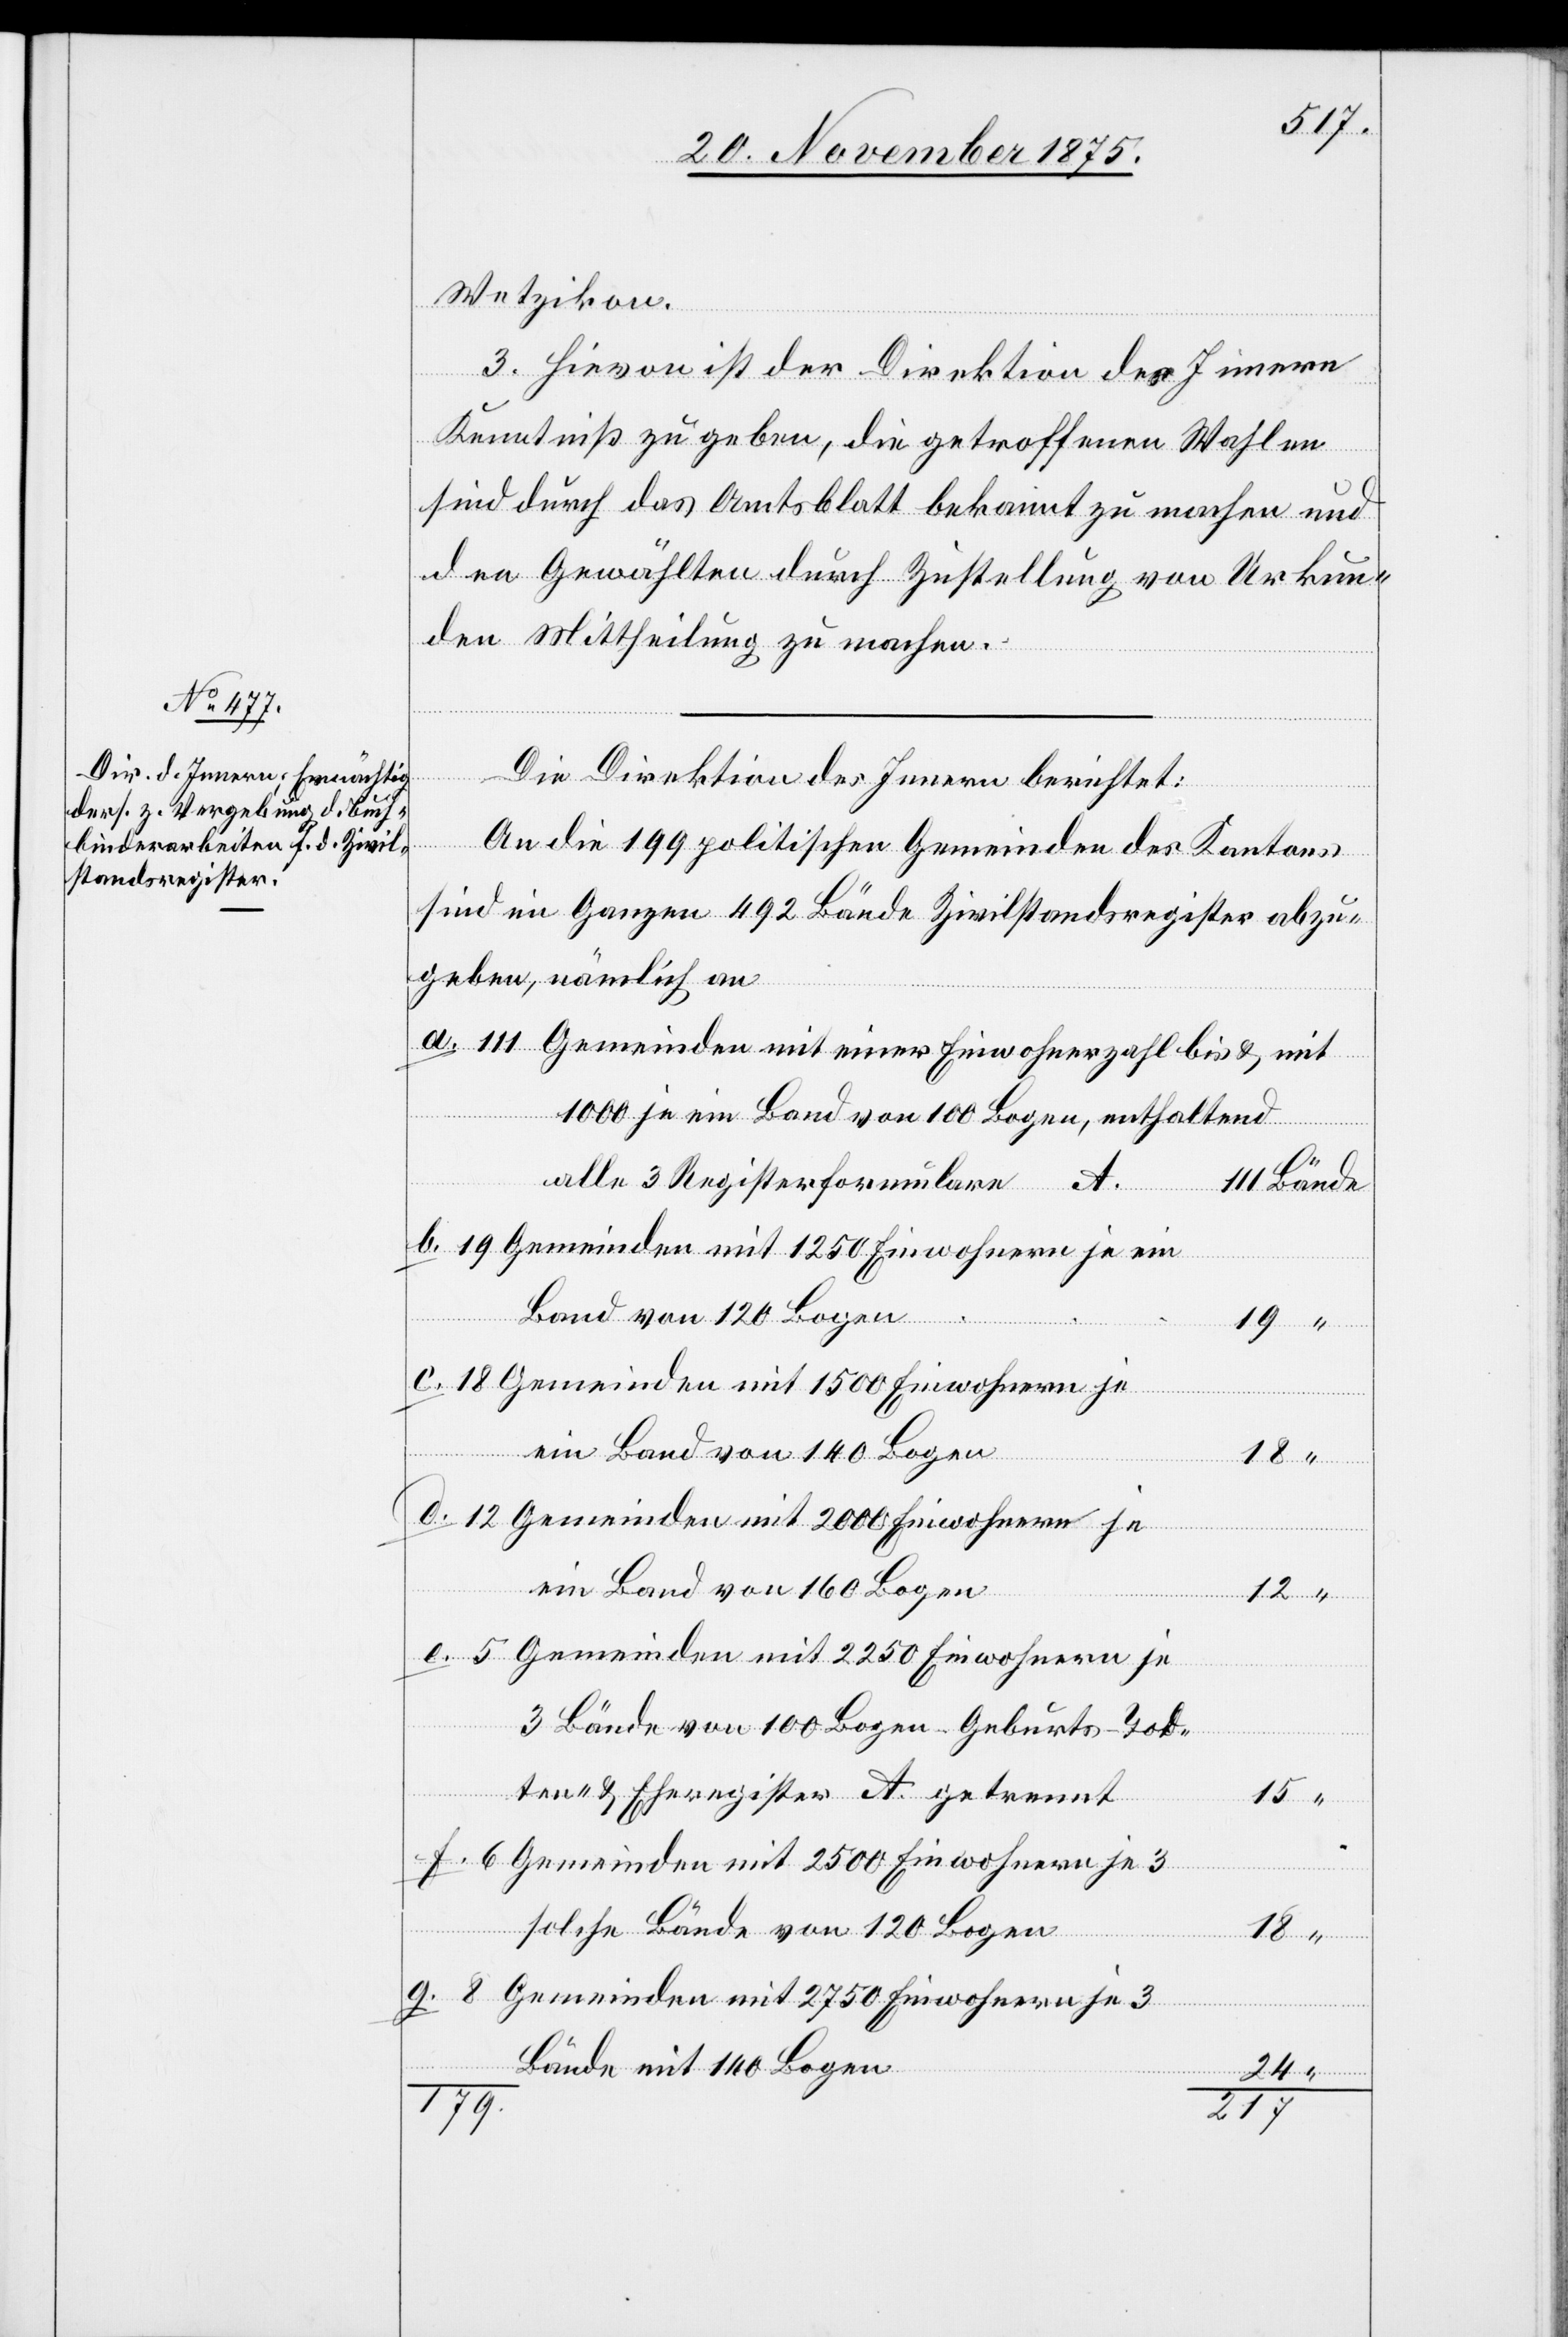
Wetzikon.
c!] Hievon ist der Direktion des Innern
Kenntniß zu geben, die getroffenen Wahlen
sind durch das Amtsblatt bekannt zu machen und
den Gewählten durch Zustellung von Urkun¬
den Mittheilung zu machen.
Die Direktion des Innern berichtet:
An die 199 politischen Gemeinden des Kantons
sind im Ganzen 492 Bände Zivilstandsregister abzu¬
geben, nämlich an
Gemeinden mit einer Einwohnerzahl bis & mit
1000 je ein Band von 100 Bogen, enthaltend
8
alle 3 Registerformulare A.
Gemeinden mit 1250 Einwohnern je ein
Band von 120 Bogen
Gemeinden mit 1500 Einwohnern je
ein Band von 140 Bogen
g.
Gemeinden mit 2000 Einwohnern je
ein Band von 160 Bogen
Gemeinden mit 2250 Einwohnern je
3 Bände von 100 Bogen Geburts-[,] Tod¬
ten- & Eheregister A. getrennt
Gemeinden mit 2500 Einwohnern je 3
solche Bände von 120 Bogen
18
Gemeinden mit 2750 Einwohnern je 3
Bände mit 140 Bogen
Bände
24
179
217